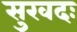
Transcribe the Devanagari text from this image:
सुखदः